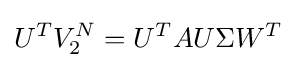
U^{T}V_{2}^{N}=U^{T}AU\Sigma W^{T}